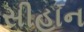
સીહાન